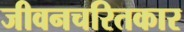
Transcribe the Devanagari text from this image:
जीवनचरितकार